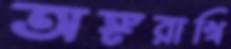
অঙ্গরাখি